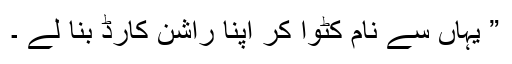
” یہاں سے نام کٹوا کر اپنا راشن کارڈ بنا لے ۔